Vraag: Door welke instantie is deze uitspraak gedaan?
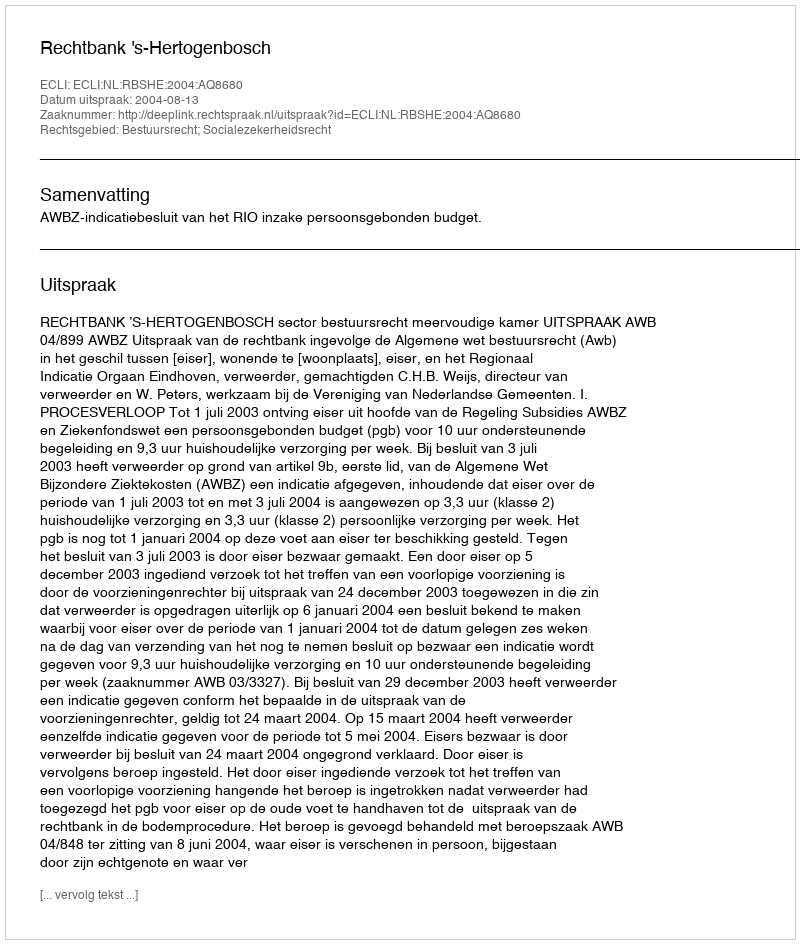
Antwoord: Rechtbank 's-Hertogenbosch